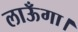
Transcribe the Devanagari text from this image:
लाऊँगा।